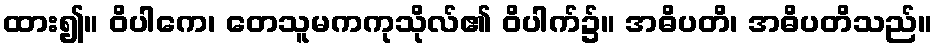
ထား၍။ ဝိပါကေ၊ တေသူမကကုသိုလ်၏ ဝိပါက်၌။ အဓိပတိ၊ အဓိပတိသည်။